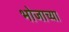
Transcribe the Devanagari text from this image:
भोजाच्या